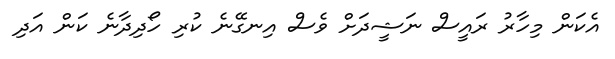
އެކަން މިހާރު ރައީސް ނަޝީދަށް ވެސް އިނގޭނެ ކުރި ހޯދިދާނެ ކަން އަދި